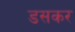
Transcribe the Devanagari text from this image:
डसकर